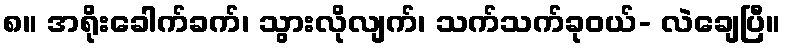
၈။ အရိုးခေါက်ခက်၊ သွားလိုလျက်၊ သက်သက်ခုဝယ်- လဲချေပြီ။